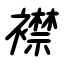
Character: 襟